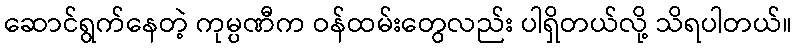
ဆောင်ရွက်နေတဲ့ ကုမ္ပဏီက ဝန်ထမ်းတွေလည်း ပါရှိတယ်လို့ သိရပါတယ်။